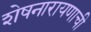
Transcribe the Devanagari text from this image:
शेषनारायणाची